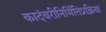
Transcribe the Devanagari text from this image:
कादंबरीनिर्मितिप्रक्रिया